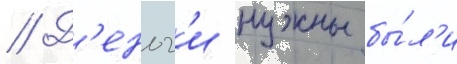
// Д'еньг'и нужны бы́л'и